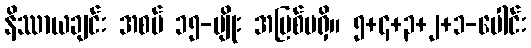
နိဿာယချင်း အစပ် ၁၅-မျိုး အပြစ်မရှိ။ ၅+၄+၃+၂+၁-ပေါင်း